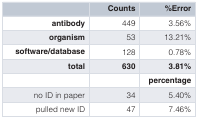
<table><thead><tr><td></td><td><b>Counts</b></td><td><b>%Error</b></td></tr></thead><tbody><tr><td><b>antibody</b></td><td>449</td><td>3.56%</td></tr><tr><td><b>organism</b></td><td>53</td><td>13.21%</td></tr><tr><td><b>software/database</b></td><td>128</td><td>0.78%</td></tr><tr><td><b>total</b></td><td><b>630</b></td><td><b>3.81%</b></td></tr><tr><td></td><td></td><td><b>percentage</b></td></tr><tr><td>no ID in paper</td><td>34</td><td>5.40%</td></tr><tr><td>pulled new ID</td><td>47</td><td>7.46%</td></tr></tbody></table>